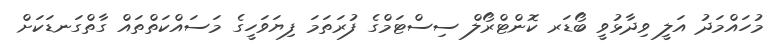
މުހައްމަދު އަލީ ވިދާޅުވީ ބޯޑަރ ކޮންޓްރޯލް ސިސްޓަމްގެ ފުރަތަމަ ފިޔަވަހީގެ މަސައްކަތްތައް ގާތްގަނޑަކަށް